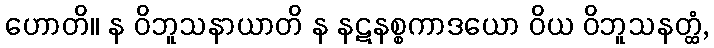
ဟောတိ။ န ဝိဘူသနာယာတိ န နဋနစ္စကာဒယော ဝိယ ဝိဘူသနတ္ထံ,